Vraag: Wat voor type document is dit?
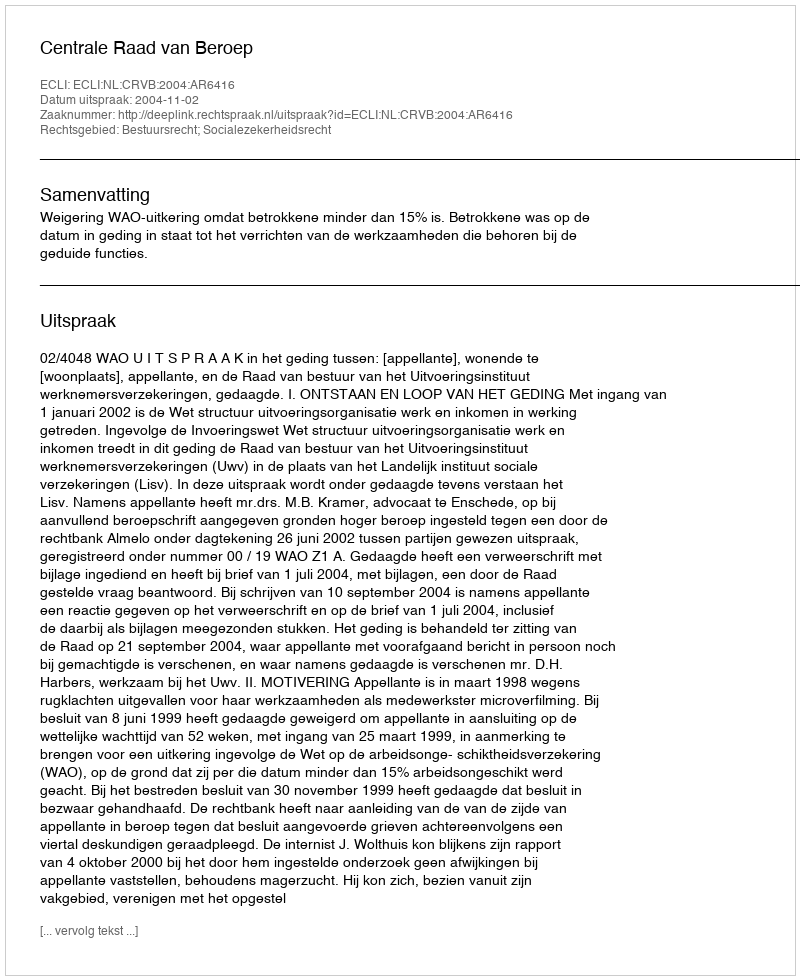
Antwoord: Uitspraak